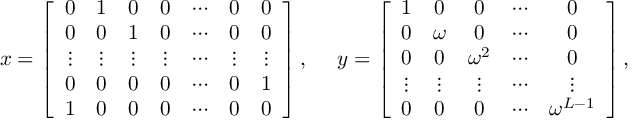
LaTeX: \begin{array} { c c } { { x = \left[ \begin{array} { c c c c c c c } { { 0 } } & { { 1 } } & { { 0 } } & { { 0 } } & { { \cdots } } & { { 0 } } & { { 0 } } \\ { { 0 } } & { { 0 } } & { { 1 } } & { { 0 } } & { { \cdots } } & { { 0 } } & { { 0 } } \\ { { \vdots } } & { { \vdots } } & { { \vdots } } & { { \vdots } } & { { \cdots } } & { { \vdots } } & { { \vdots } } \\ { { 0 } } & { { 0 } } & { { 0 } } & { { 0 } } & { { \cdots } } & { { 0 } } & { { 1 } } \\ { { 1 } } & { { 0 } } & { { 0 } } & { { 0 } } & { { \cdots } } & { { 0 } } & { { 0 } } \end{array} \right] , ~ } } & { { y = \left[ \begin{array} { c c c c c } { { 1 } } & { { 0 } } & { { 0 } } & { { \cdots } } & { { 0 } } \\ { { 0 } } & { { \omega } } & { { 0 } } & { { \cdots } } & { { 0 } } \\ { { 0 } } & { { 0 } } & { { \omega ^ { 2 } } } & { { \cdots } } & { { 0 } } \\ { { \vdots } } & { { \vdots } } & { { \vdots } } & { { \cdots } } & { { \vdots } } \\ { { 0 } } & { { 0 } } & { { 0 } } & { { \cdots } } & { { \omega ^ { L - 1 } } } \end{array} \right] , ~ ~ } } \end{array}